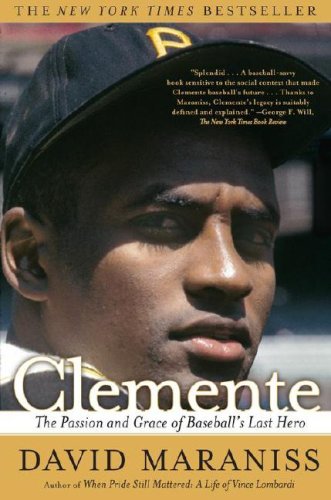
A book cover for Clemente: The Passion and Grace of Baseball's Last Hero; David Maraniss; Biographies & Memoirs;